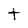
Character: t